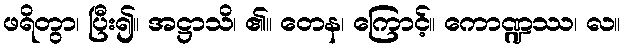
ဖရိတွာ၊ ပြီး၍။ အဋ္ဌာသိ၊ ၏။ တေန၊ ကြောင့်။ ကောဏ္ဍဿ၊ လ။